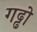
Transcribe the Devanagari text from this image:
गढ्ढो